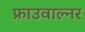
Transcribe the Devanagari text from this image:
फ्राउवाल्नर